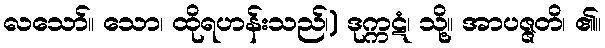
လသော်။ သော၊ ထိုရဟန်းသည်၊) ဒုက္ကဋံ၊ သို့။ အာပဇ္ဇတိ၊ ၏။